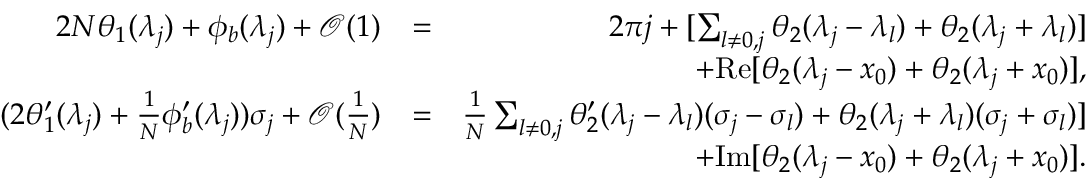
\begin{array} { r l r } { 2 N \theta _ { 1 } ( \lambda _ { j } ) + \phi _ { b } ( \lambda _ { j } ) + \mathcal { O } ( 1 ) } & { = } & { 2 \pi j + [ \sum _ { l \neq 0 , j } \theta _ { 2 } ( \lambda _ { j } - \lambda _ { l } ) + \theta _ { 2 } ( \lambda _ { j } + \lambda _ { l } ) ] } \\ & { } & { + \mathrm { R e } [ \theta _ { 2 } ( \lambda _ { j } - x _ { 0 } ) + \theta _ { 2 } ( \lambda _ { j } + x _ { 0 } ) ] , } \\ { ( 2 \theta _ { 1 } ^ { \prime } ( \lambda _ { j } ) + \frac { 1 } { N } \phi _ { b } ^ { \prime } ( \lambda _ { j } ) ) \sigma _ { j } + \mathcal { O } ( \frac { 1 } { N } ) } & { = } & { \frac { 1 } { N } \sum _ { l \neq 0 , j } \theta _ { 2 } ^ { \prime } ( \lambda _ { j } - \lambda _ { l } ) ( \sigma _ { j } - \sigma _ { l } ) + \theta _ { 2 } ( \lambda _ { j } + \lambda _ { l } ) ( \sigma _ { j } + \sigma _ { l } ) ] } \\ & { } & { + \mathrm { I m } [ \theta _ { 2 } ( \lambda _ { j } - x _ { 0 } ) + \theta _ { 2 } ( \lambda _ { j } + x _ { 0 } ) ] . } \end{array}